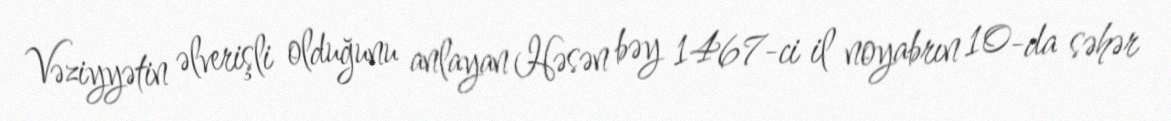
Vəziyyətin əlverişli olduğunu anlayan Həsən bəy 1467-ci il noyabrın 10-da səhər